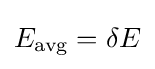
E_{\text{avg}}=\delta E